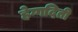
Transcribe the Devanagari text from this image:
हेग्गदिती